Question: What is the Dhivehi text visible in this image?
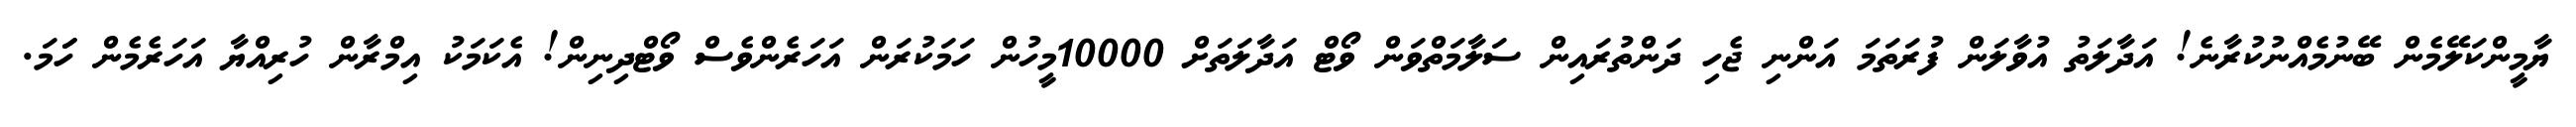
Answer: ޔާމީންކަލޭމެން ބޭނުމެއްނުކުރާނެ! އަދާލަތު އުވާލަން ފުރަތަމަ އަންނި ޖެހި ދަންތުރައިން ސަލާމަތްވަން ވޯޓް އަދާލަތަށް 10000މީހުން ހަމަކުރަން އަހަރެންވެސް ވޯޓްދިނިން! އެކަމަކު އިމްރާން ހުރިއްޔާ އަހަރެމެން ހަަމަ.